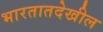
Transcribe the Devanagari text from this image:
भारतातदेखील